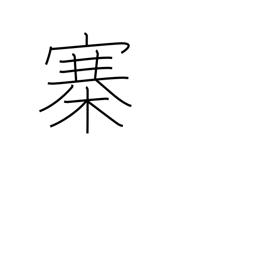
Meaning: fort